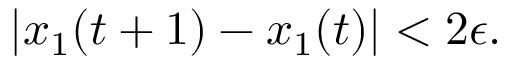
| x _ { 1 } ( t + 1 ) - x _ { 1 } ( t ) | < 2 \epsilon .